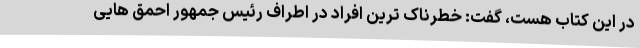
در این کتاب هست، گفت: خطرناک ترین افراد در اطراف رئیس جمهور احمق هایی